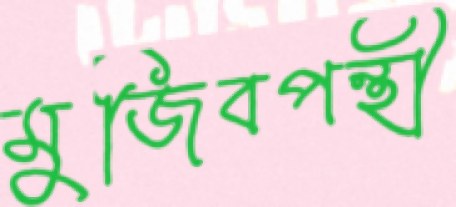
মুজিবপন্থী